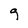
Character: 9